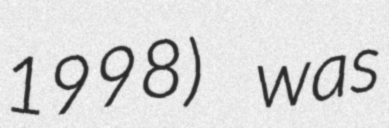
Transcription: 1998) was